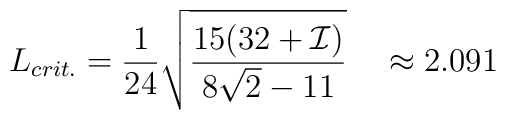
L_{crit.} = \frac{1}{24} \sqrt{\frac{15 (32+{\cal I})}{8 \sqrt{2} -11}}~~~\approx 2.091